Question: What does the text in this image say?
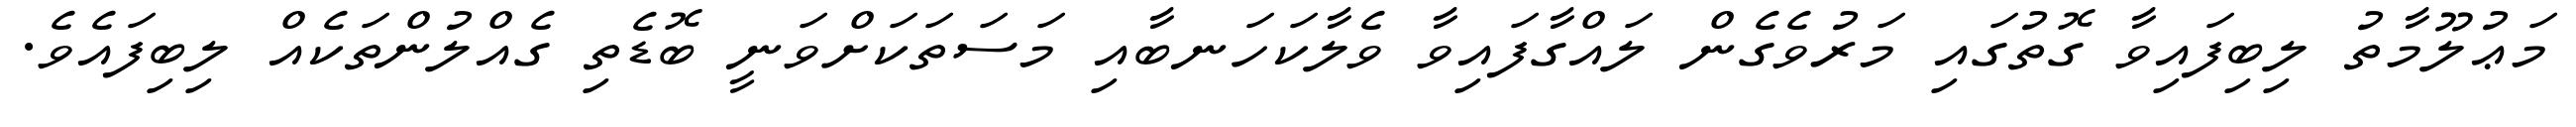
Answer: މަޢުލޫމާތު ލިބިފައިވާ ގޮތުގައި މަރުވެގެން ލައްގާފައިވާ ވެލާކަހަނބާއި މަސަތަކަށްވަނީ ބޮޑެތި ގެއްލުންތަކެއް ލިބިފައެވެ.